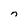
Character: n